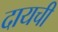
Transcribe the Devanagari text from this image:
दायची